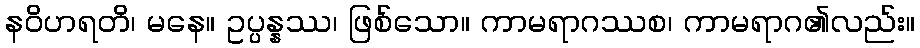
နဝိဟရတိ၊ မနေ။ ဥပ္ပန္နဿ၊ ဖြစ်သော။ ကာမရာဂဿစ၊ ကာမရာဂ၏လည်း။